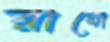
রাবো